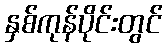
နှစ်ကုန်ပိုင်းတွင်